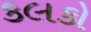
કલકો